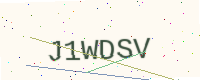
Text: J1WDSV